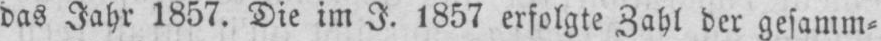
das Jahr 1857. Die im J. 1857 erfolgte Zahl der gesamm⸗